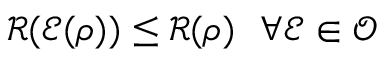
\mathcal { R } ( \mathcal { E } ( \rho ) ) \leq \mathcal { R } ( \rho ) ~ ~ \forall \mathcal { E } \in \mathcal { O }